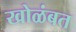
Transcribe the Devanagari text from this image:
खोळंबत